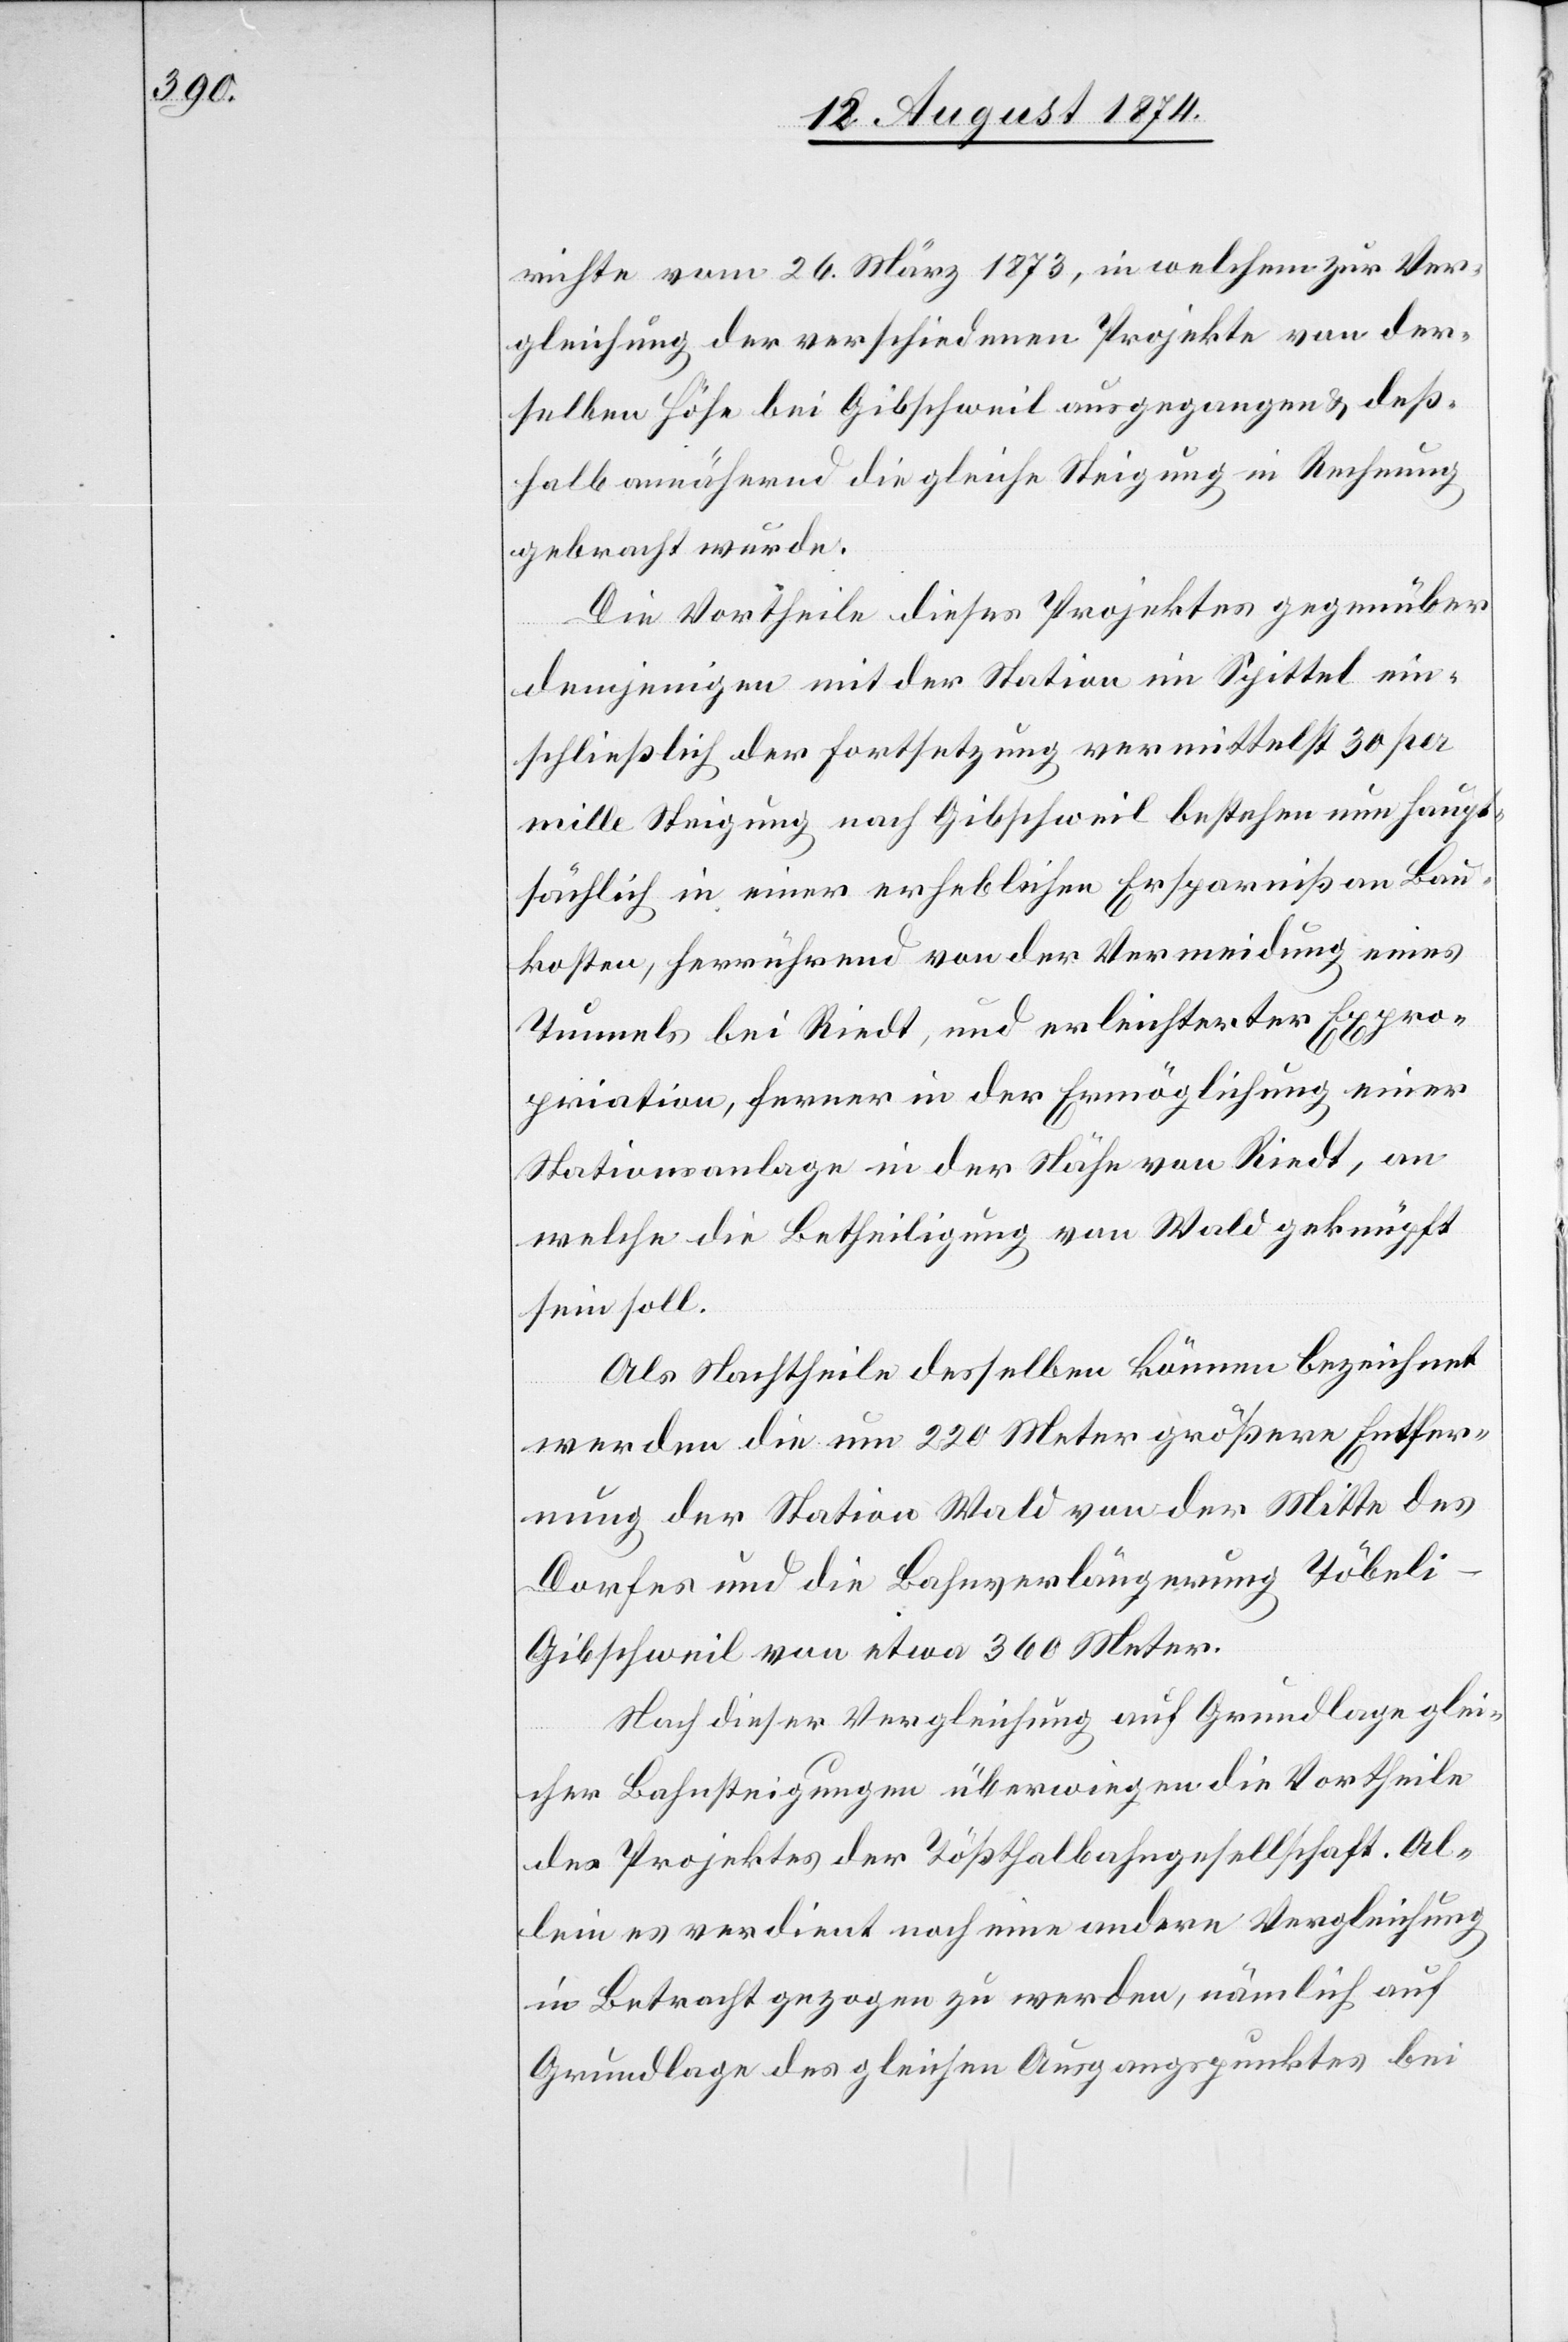
richte vom 26. März 1873, in welchem zur Ver¬
gleichung der verschiedenen Projekte von der¬
selben Höhe bei Gibschweil ausgegangen u. deß¬
halb annähernd die gleiche Steigung in Rechnung
gebracht wurde.
Die Vortheile dieses Projektes gegenüber
demjenigen mit der Station im Spittel ein¬
schließlich der Fortsetzung vermittelst 30 per
mille Steigung nach Gibschweil bestehen nun haupt¬
sächlich in einer erheblichen Ersparniß an Bau¬
kosten, herrührend von der Vermeidung eines
Tunnels bei Riedt, und erleichterter Expro¬
priation, ferner in der Ermöglichung einer
Stationsanlage in der Nähe von Riedt, an
welche die Betheiligung von Wald geknüpft
sein soll.
Als Nachtheile desselben können bezeichnet
werden die um 220 Meter größere Entfer¬
nung der Station Wald von der Mitte des
Dorfes und die Bahnverlängerung Töbel¬
i–Gibschweil von etwa 360 Meter.
Nach dieser Vergleichung auf Grundlage glei¬
cher Bahnsteigungen überwiegen die Vortheile
des Projektes der Tößthalbahngesellschaft. Al¬
lein es verdient noch eine andere Vergleichung
in Betracht gezogen zu werden, nämlich auf
Grundlage des gleichen Ausgangspunktes bei